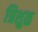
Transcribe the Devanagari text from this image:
त्रिशुळ